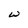
Character: W